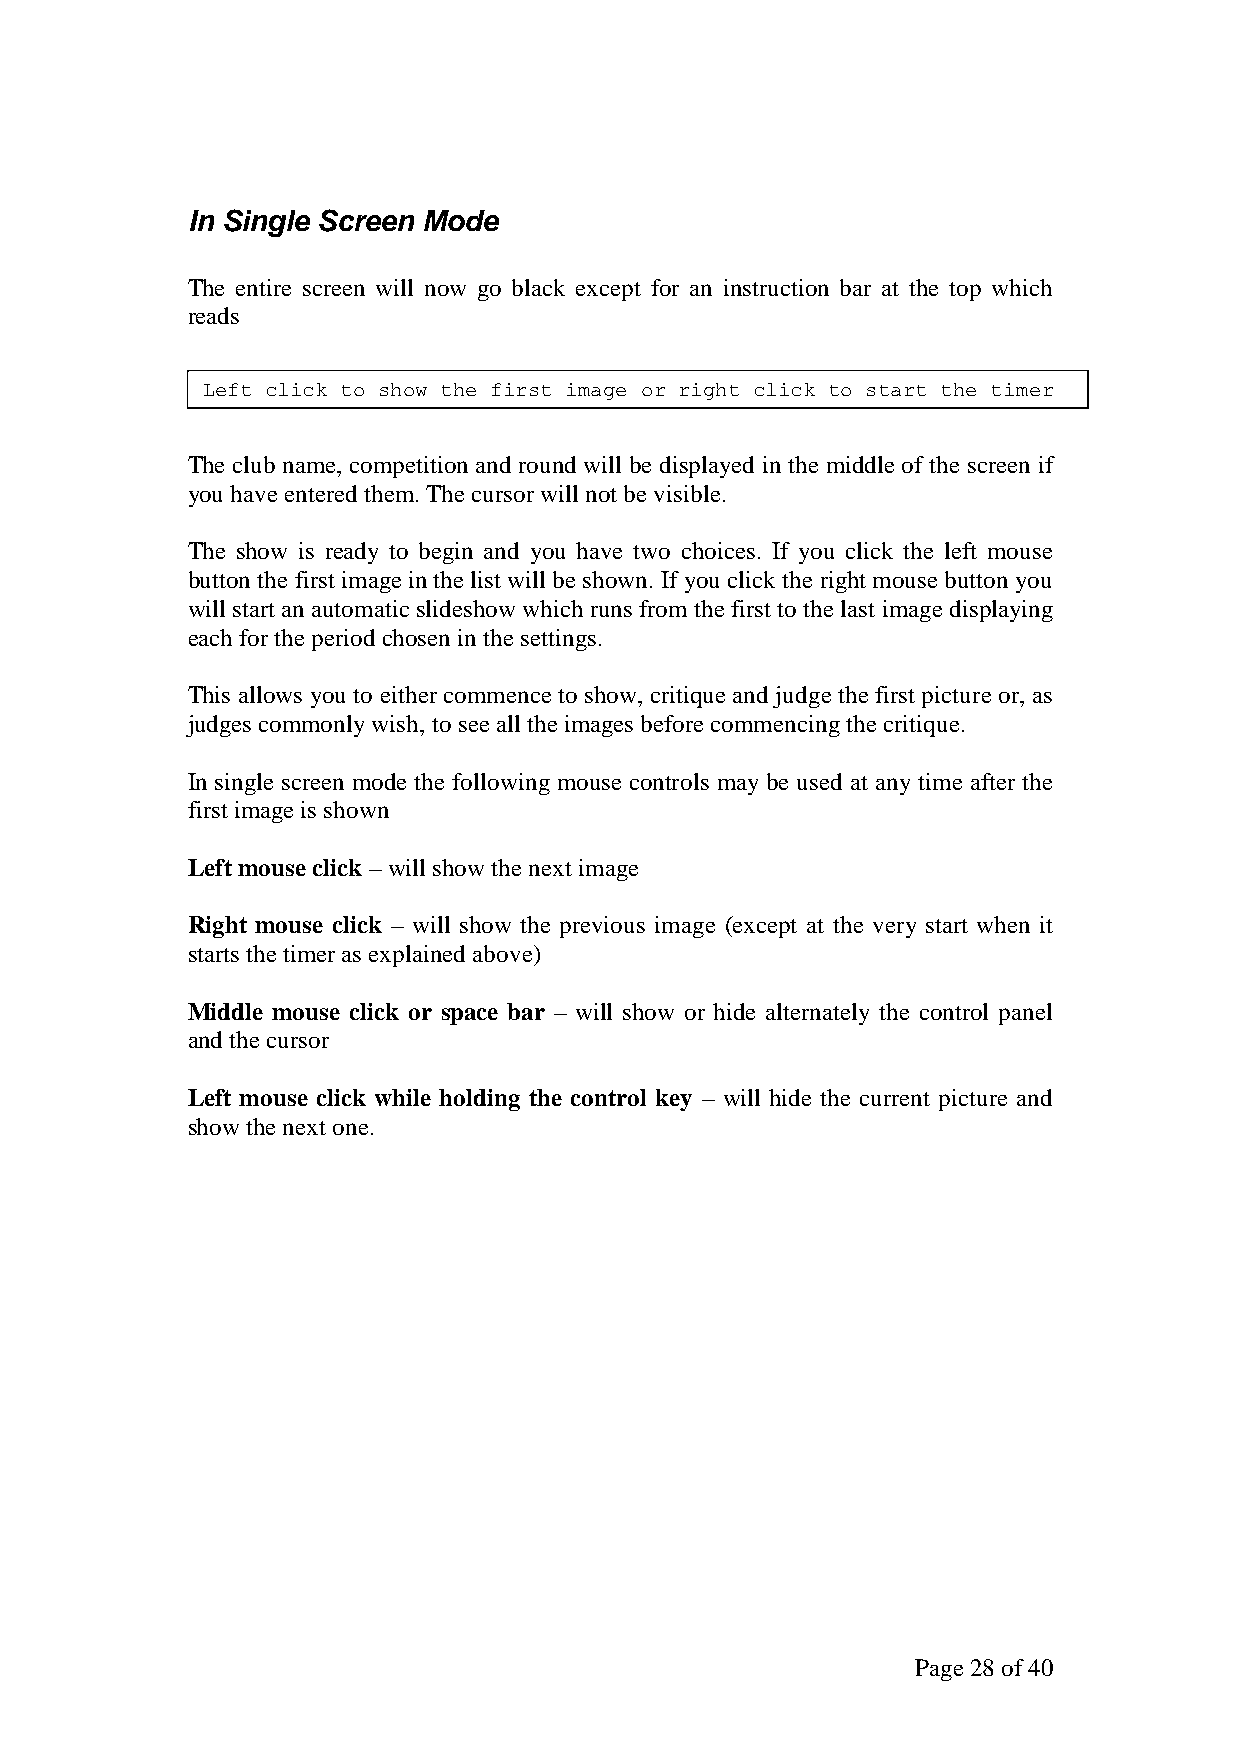
In Single Screen Mode
 The entire screen will now go black except for an instruction bar at the top which
 reads
 Left click to show the first image or right click to start the timer
 The club name, competition and round will be displayed in the middle of the screen if
 you have entered them. The cursor will not be visible.
 The show is ready to begin and you have two choices. If you click the left mouse
 button the first image in the list will be shown. If you click the right mouse button you
 will start an automatic slideshow which runs from the first to the last image displaying
 each for the period chosen in the settings.
 This allows you to either commence to show, critique and judge the first picture or, as
 judges commonly wish, to see all the images before commencing the critique.
 In single screen mode the following mouse controls may be used at any time after the
 first image is shown
 Left mouse click – will show the next image
 Right mouse click – will show the previous image (except at the very start when it
 starts the timer as explained above)
 Middle mouse click or space bar – will show or hide alternately the control panel
 and the cursor
 Left mouse click while holding the control key – will hide the current picture and
 show the next one.
 Page 28 of 40